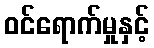
ဝင်ရောက်မှုနှင့်